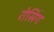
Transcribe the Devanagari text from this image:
रोसिंग